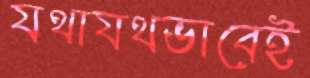
যথাযথভাবেই